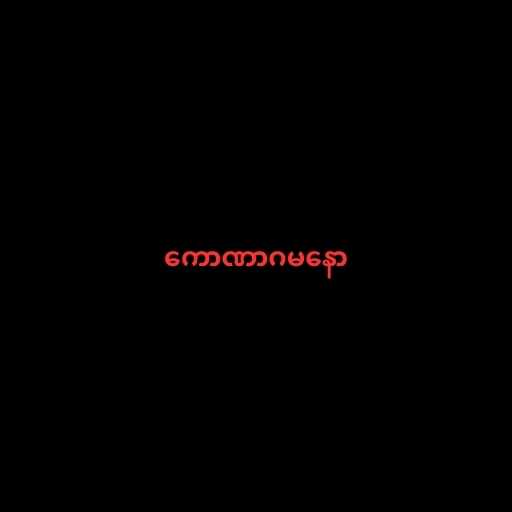
ကောဏာဂမနော